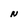
Character: N